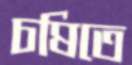
চষিতে